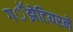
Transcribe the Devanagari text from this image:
गॕझेटियरने